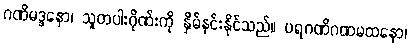
ဂဏိမဒ္ဒနော၊ သူတပါးဂိုဏ်းကို နှိမ်နင်းနိုင်သည်။ ပရဂဏိဂဏမထနော၊